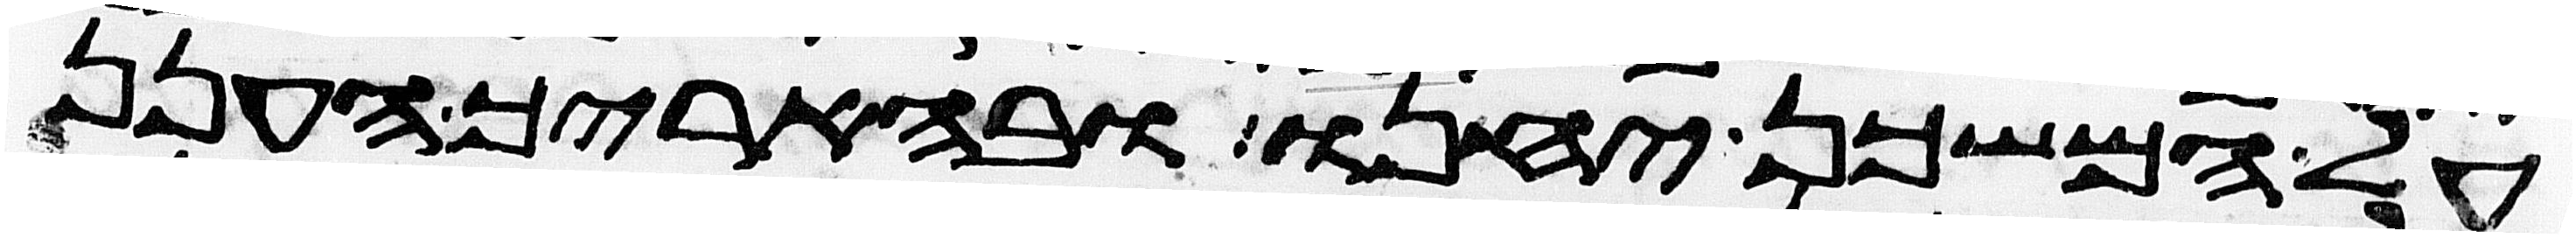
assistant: על המשכן יחנו ובהאריך הענן